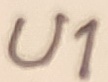
Text: U1